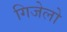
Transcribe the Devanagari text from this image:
गिजेलो